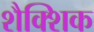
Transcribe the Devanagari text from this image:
शैक्शिक